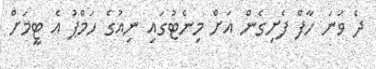
ދެ ވަނަ ހާފް ފެށިގެން އަށް މިނެޓުގައި ނިއުގެ ހަމްޕު އެ ޓީމަށް